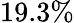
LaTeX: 19.3\%